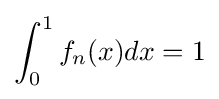
\int _{0}^{1}f_{n}(x)dx=1